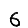
Digit: 6